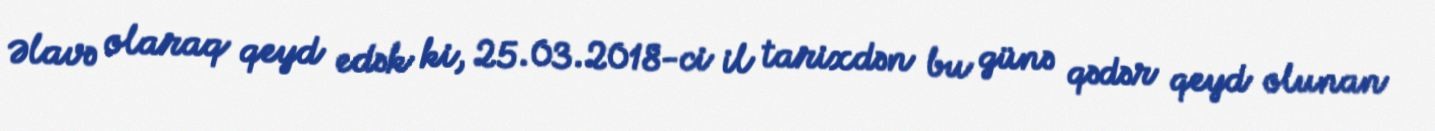
Əlavə olaraq qeyd edək ki, 25.03.2018-ci il tarixdən bu günə qədər qeyd olunan